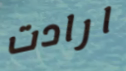
ارادت